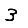
Digit: 3